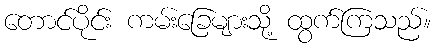
တောင်ပိုင်း ကမ်းခြေများသို့ ထွက်ကြသည်။